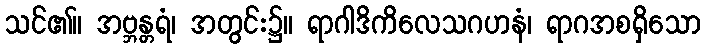
သင်၏။ အဗ္ဘန္တရံ၊ အတွင်း၌။ ရာဂါဒိကိလေသဂဟနံ၊ ရာဂအစရှိသော